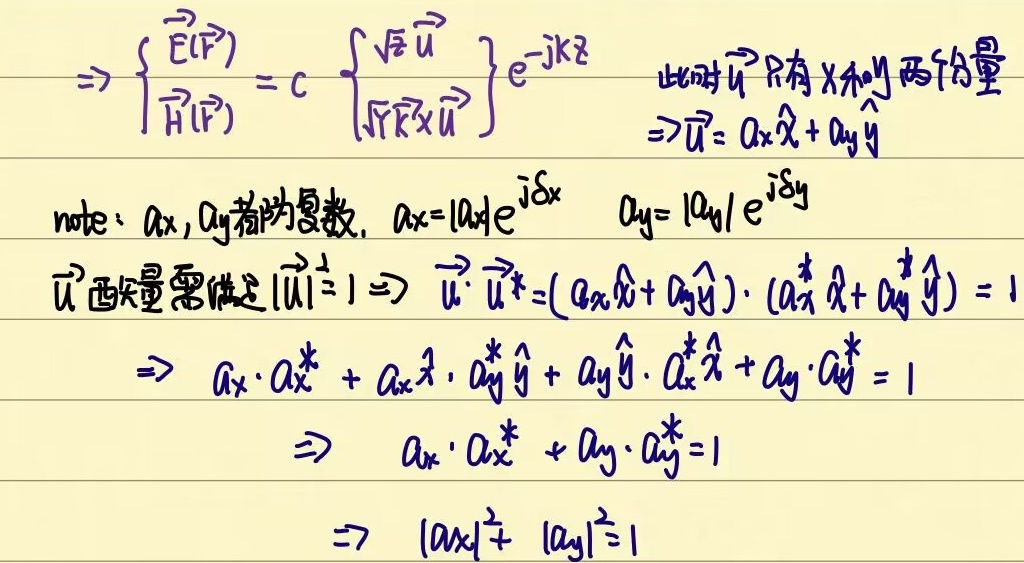
$\Rightarrow
\begin{cases}
\overrightarrow{E}(\overrightarrow{r}) \\
\overrightarrow{H}(\overrightarrow{r})
\end{cases}=
c
\begin{cases}
\sqrt{\varepsilon} \overrightarrow{u} \\
\sqrt{\mu}\widehat{k}\times\overrightarrow{u}
\end{cases}
e^{-\text{j}k z}$
此时$\overrightarrow{u}$只有$x$和$y$两个分量
$\Rightarrow\overrightarrow{u}= a_x\widehat{x}+ a_y\widehat{y}$

note：$a_x,a_y$都为复数，$a_x = |a_x|e^{\text{j}\delta_x}$  $a_y = |a_y|e^{\text{j}\delta_y}$

$\overrightarrow{u}$酉矢量需满足$|\overrightarrow{u}|^2 = 1 \Rightarrow
\overrightarrow{u}\cdot\overrightarrow{u}^*=(a_x\widehat{x}+ a_y\widehat{y})\cdot(a_x^*\widehat{x}+ a_y^*\widehat{y}) = 1$

$\Rightarrow
a_x\cdot a_x^* + a_x\widehat{x}\cdot a_y^*\widehat{y}+ a_y\widehat{y}\cdot a_x^*\widehat{x}+ a_y\cdot a_y^* = 1$

$\Rightarrow
a_x\cdot a_x^* + a_y\cdot a_y^* = 1$

$\Rightarrow
|a_x|^2+ |a_y|^2 = 1$